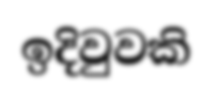
ඉදිවුවකි